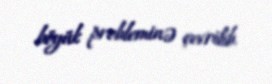
böyük probleminə çevrilib.